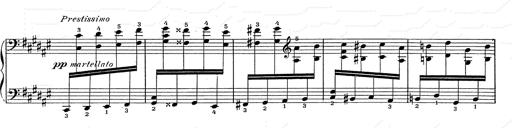
Title: Hungarian Rhapsody No.2
Composer: Franz Liszt
Key: C-sharp minor